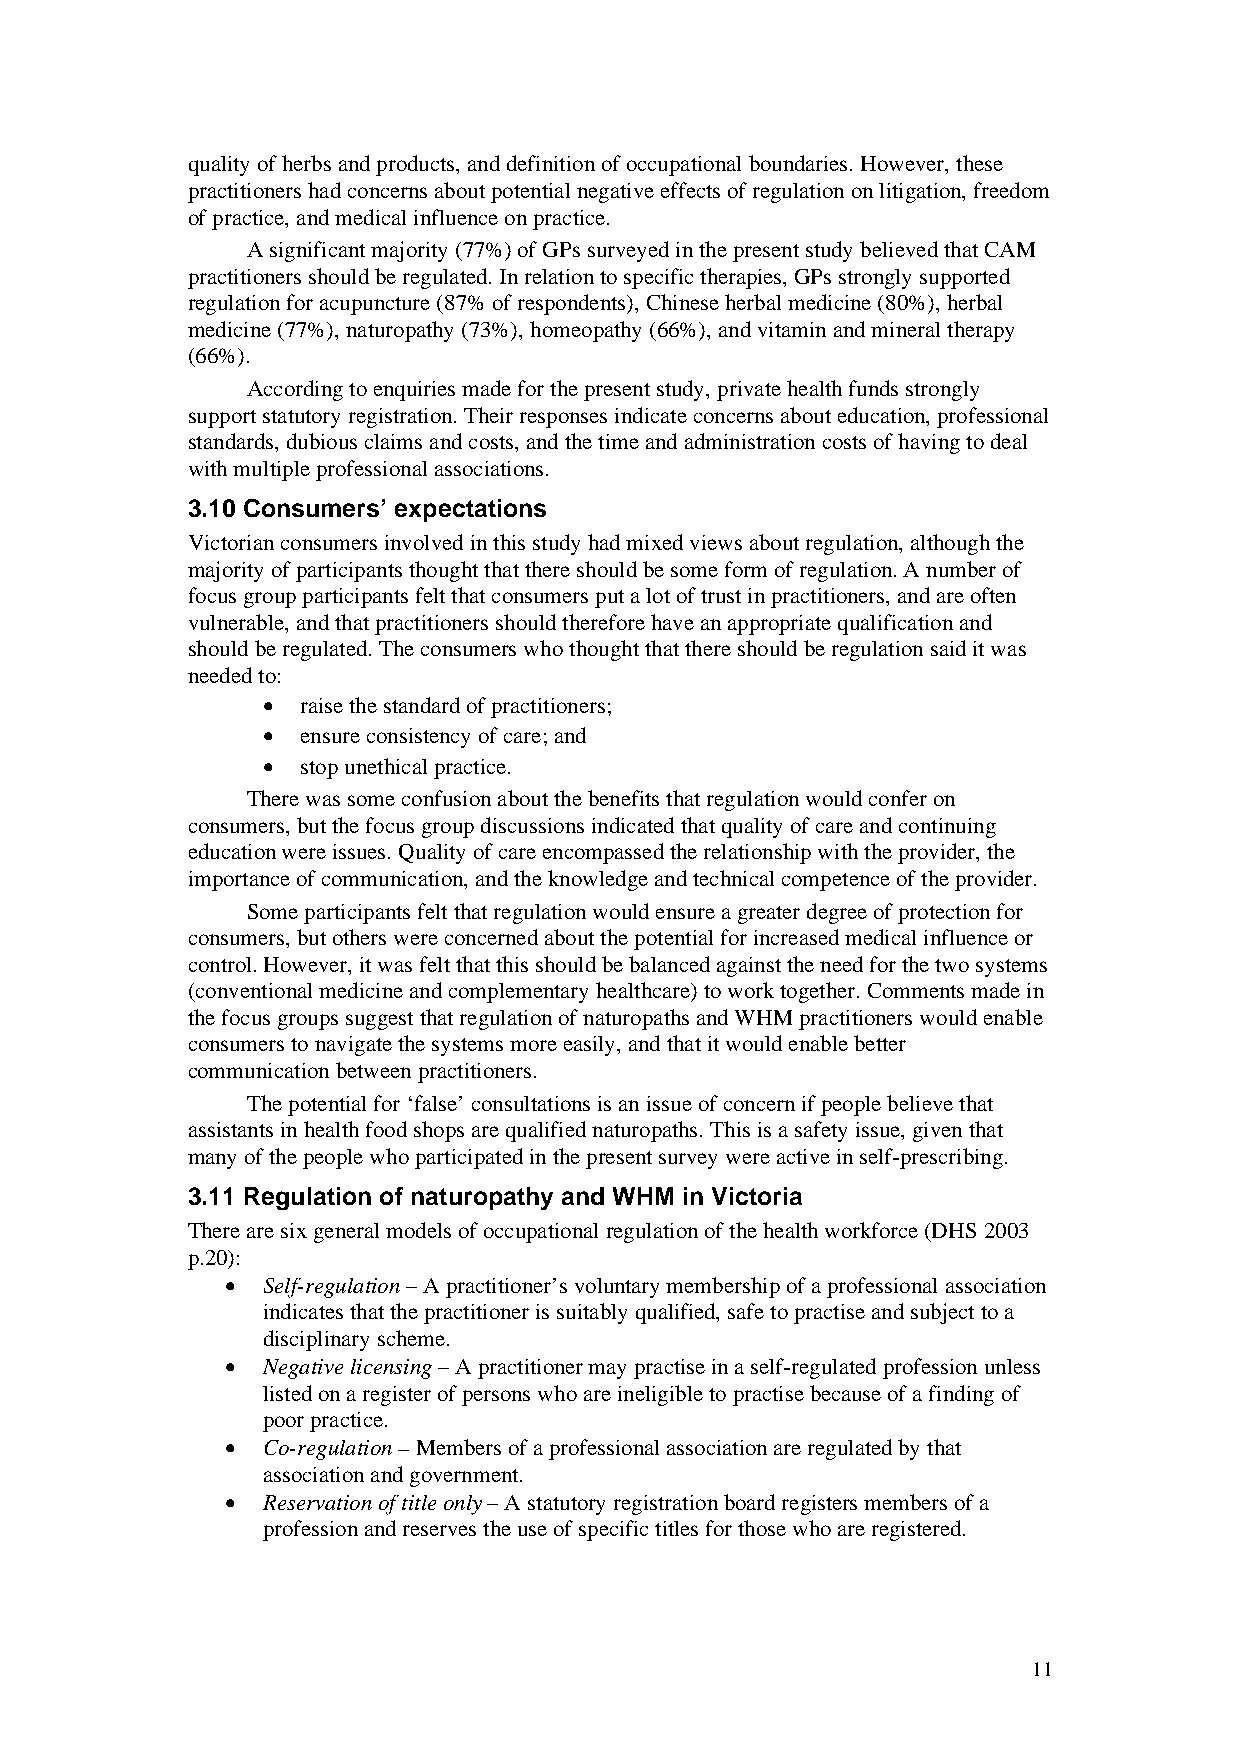
quality of herbs and products, and definition of occupational boundaries. However, these
 practitioners had concerns about potential negative effects of regulation on litigation, freedom
 of practice, and medical influence on practice.
 A significant majority (77%) of GPs surveyed in the present study believed that CAM
 practitioners should be regulated. In relation to specific therapies, GPs strongly supported
 regulation for acupuncture (87% of respondents), Chinese herbal medicine (80%), herbal
 medicine (77%), naturopathy (73%), homeopathy (66%), and vitamin and mineral therapy
 (66%).
 According to enquiries made for the present study, private health funds strongly
 support statutory registration. Their responses indicate concerns about education, professional
 standards, dubious claims and costs, and the time and administration costs of having to deal
 with multiple professional associations.
 3.10 Consumers’ expectations
 Victorian consumers involved in this study had mixed views about regulation, although the
 majority of participants thought that there should be some form of regulation. A number of
 focus group participants felt that consumers put a lot of trust in practitioners, and are often
 vulnerable, and that practitioners should therefore have an appropriate qualification and
 should be regulated. The consumers who thought that there should be regulation said it was
 needed to:
 •  raise the standard of practitioners;
 •  ensure consistency of care; and
 •  stop unethical practice.
 There was some confusion about the benefits that regulation would confer on
 consumers, but the focus group discussions indicated that quality of care and continuing
 education were issues. Quality of care encompassed the relationship with the provider, the
 importance of communication, and the knowledge and technical competence of the provider.
 Some participants felt that regulation would ensure a greater degree of protection for
 consumers, but others were concerned about the potential for increased medical influence or
 control. However, it was felt that this should be balanced against the need for the two systems
 (conventional medicine and complementary healthcare) to work together. Comments made in
 the focus groups suggest that regulation of naturopaths and WHM practitioners would enable
 consumers to navigate the systems more easily, and that it would enable better
 communication between practitioners.
 The potential for ‘false’ consultations is an issue of concern if people believe that
 assistants in health food shops are qualified naturopaths. This is a safety issue, given that
 many of the people who participated in the present survey were active in self-prescribing.
 3.11 Regulation of naturopathy and WHM in Victoria
 There are six general models of occupational regulation of the health workforce (DHS 2003
 p.20):
 • Self-regulation – A practitioner’s voluntary membership of a professional association
 indicates that the practitioner is suitably qualified, safe to practise and subject to a
 disciplinary scheme.
 • Negative licensing – A practitioner may practise in a self-regulated profession unless
 listed on a register of persons who are ineligible to practise because of a finding of
 poor practice.
 • Co-regulation – Members of a professional association are regulated by that
 association and government.
 • Reservation of title only – A statutory registration board registers members of a
 profession and reserves the use of specific titles for those who are registered.
 11